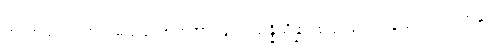
ကထာယ၊ အဘယ်မည်သော စကားဖြင့်။ သန္နိသိန္နာ၊ စည်းဝေးကုန်သည်။ အတ္ထနု၊